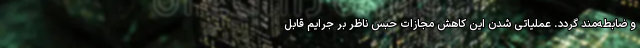
و ضابطه‌مند گردد. عملیاتی شدن این کاهش مجازات حبس ناظر بر جرایم قابل